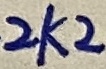
Text: 2K2